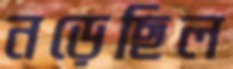
নড়েছিল